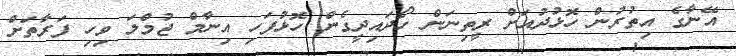
އޭނާގެ އިތުރުން ހޮޅުދުއަށް ރީތިނަން ހޯދައިދީގެން ހޮޅުފަހި އިނާމް ޖުމްލަ ވިހި ފަރާތަށް